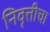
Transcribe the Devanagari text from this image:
निवृत्तीचा